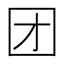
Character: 团